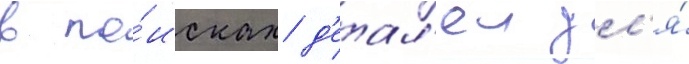
в по́исках д'етал'еи дл'я́